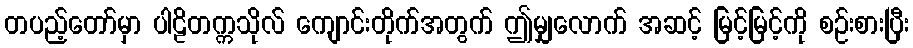
တပည့်တော်မှာ ပါဠိတက္ကသိုလ် ကျောင်းတိုက်အတွက် ဤမျှလောက် အဆင့် မြင့်မြင့်ကို စဉ်းစားပြီး